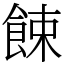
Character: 餗